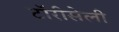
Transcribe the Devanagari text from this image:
टॉरीसेली